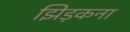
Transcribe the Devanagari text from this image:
झिड़कना